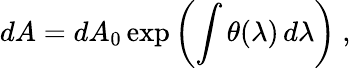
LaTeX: dA=dA_{0}\exp\left(\int\theta(\lambda)\, d\lambda\right)\ ,